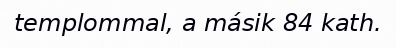
templommal, a másik 84 kath.